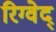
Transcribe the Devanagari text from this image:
रिग्वेद्